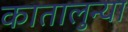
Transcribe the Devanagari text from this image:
कातालुन्या